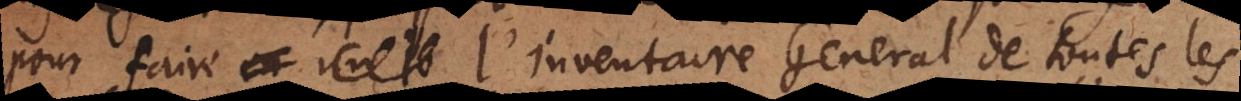
pour faire l’Inventaire General de toutes les